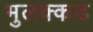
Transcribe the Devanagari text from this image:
भुलक्कड